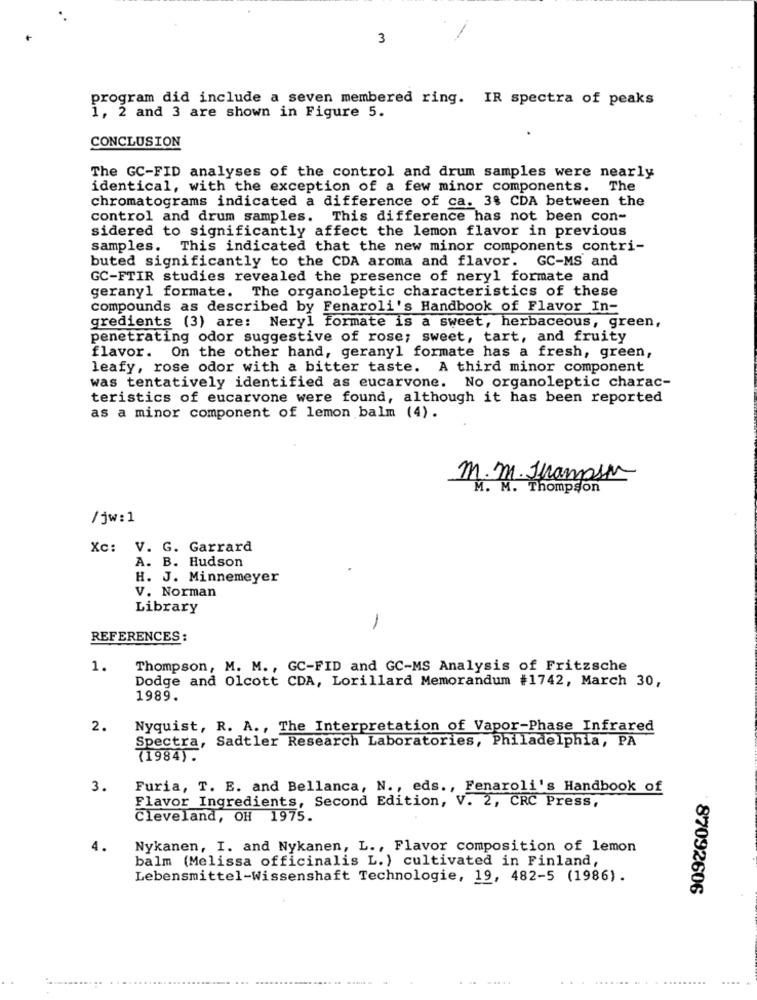
3
program did include a seven membered ring. IR spectra of peaks
1, 2 and 3 are shown in Figure 5.
CONCLUSION
The GC-FID analyses of the control and drum samples were nearly
identical, with the exception of a few minor components. The
chromatograms indicated a difference of ca. 3% CDA between the
control and drum samples. This difference has not been con-
sidered to significantly affect the lemon flavor in previous
samples. This indicated that the new minor components contri-
buted significantly to the CDA aroma and flavor. GC-MS and
GC-FTIR studies revealed the presence of nery1 formate and
gerany1 formate. The organoleptic characteristics of these
compounds as described by Fenaroli's Handbook of Flavor In-
gredients (3) are: Neryl formate is a sweet, herbaceous, green,
penetrating odor suggestive of rose; sweet, tart, and fruity
flavor. On the other hand, geranyl formate has a fresh, green,
leafy, rose odor with a bitter taste. A third minor component
was tentatively identified as eucarvone. No organoleptic charac-
teristics of eucarvone were found, although it has been reported
as a minor component of lemon balm (4).
m. m. Jrampsm
M. M. Thompson
/ jw:1
Xc: V. G. Garrard
A. B. Hudson
H. J. Minnemeyer
V. Norman
Library
-
REFERENCES :
1.
Thompson, M. M ., GC-FID and GC-MS Analysis of Fritzsche
Dodge and Olcott CDA, Lorillard Memorandum #1742, March 30,
1989.
2.
Nyquist, R. A ., The Interpretation of Vapor-Phase Infrared
Spectra, Sadtler Research Laboratories, Philadelphia, PA
(1984).
3.
Furia, T. E. and Bellanca, N ., eds ., Fenaroli's Handbook of
Flavor Ingredients, Second Edition, V. 2, CRC Press,
Cleveland, OH 1975.
Nykanen, I. and Nykanen, L ., Flavor composition of lemon
balm (Melissa officinalis L. ) cultivated in Finland,
Lebensmittel-Wissenshaft Technologie, 19, 482-5 (1986).
87092606